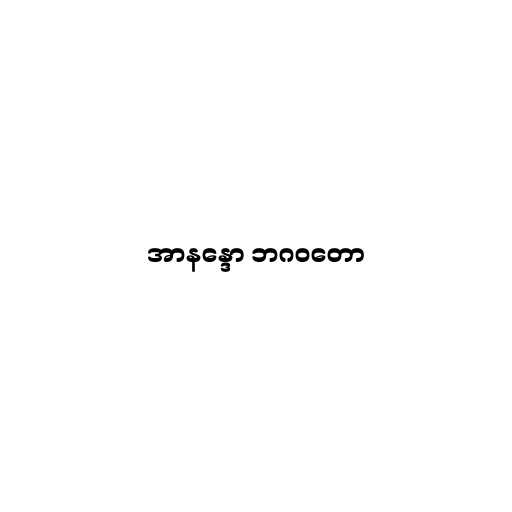
အာနန္ဒော ဘဂဝတော